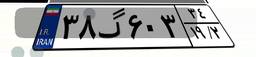
۳۸گ۶۰۳۳۴